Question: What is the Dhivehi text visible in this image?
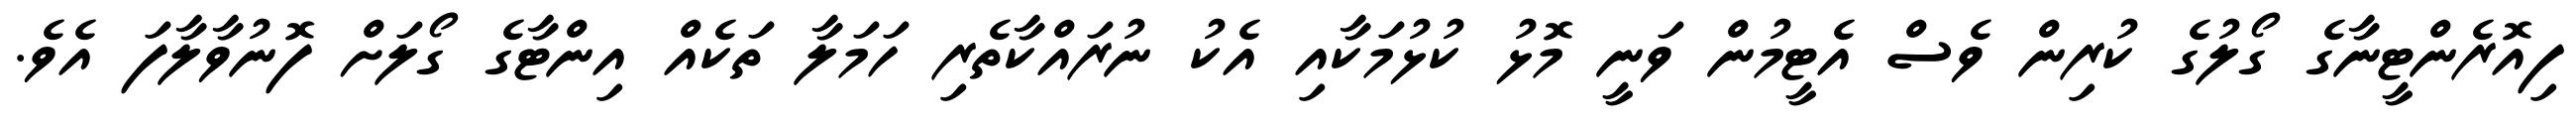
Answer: ފިއޮރެންޓީނާގެ ގޯލުގެ ކުރިން ވެސް އެޓީމުން ވަނީ މޮޅު ކުޅުމަކާއި އެކު ނުރައްކާތެރި ހަމަލާ ތަކެއް އިންޓާގެ ގޯލަށް ފޮނުވާލާފަ އެވެ.